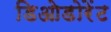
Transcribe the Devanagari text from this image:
डिओडोरेंट